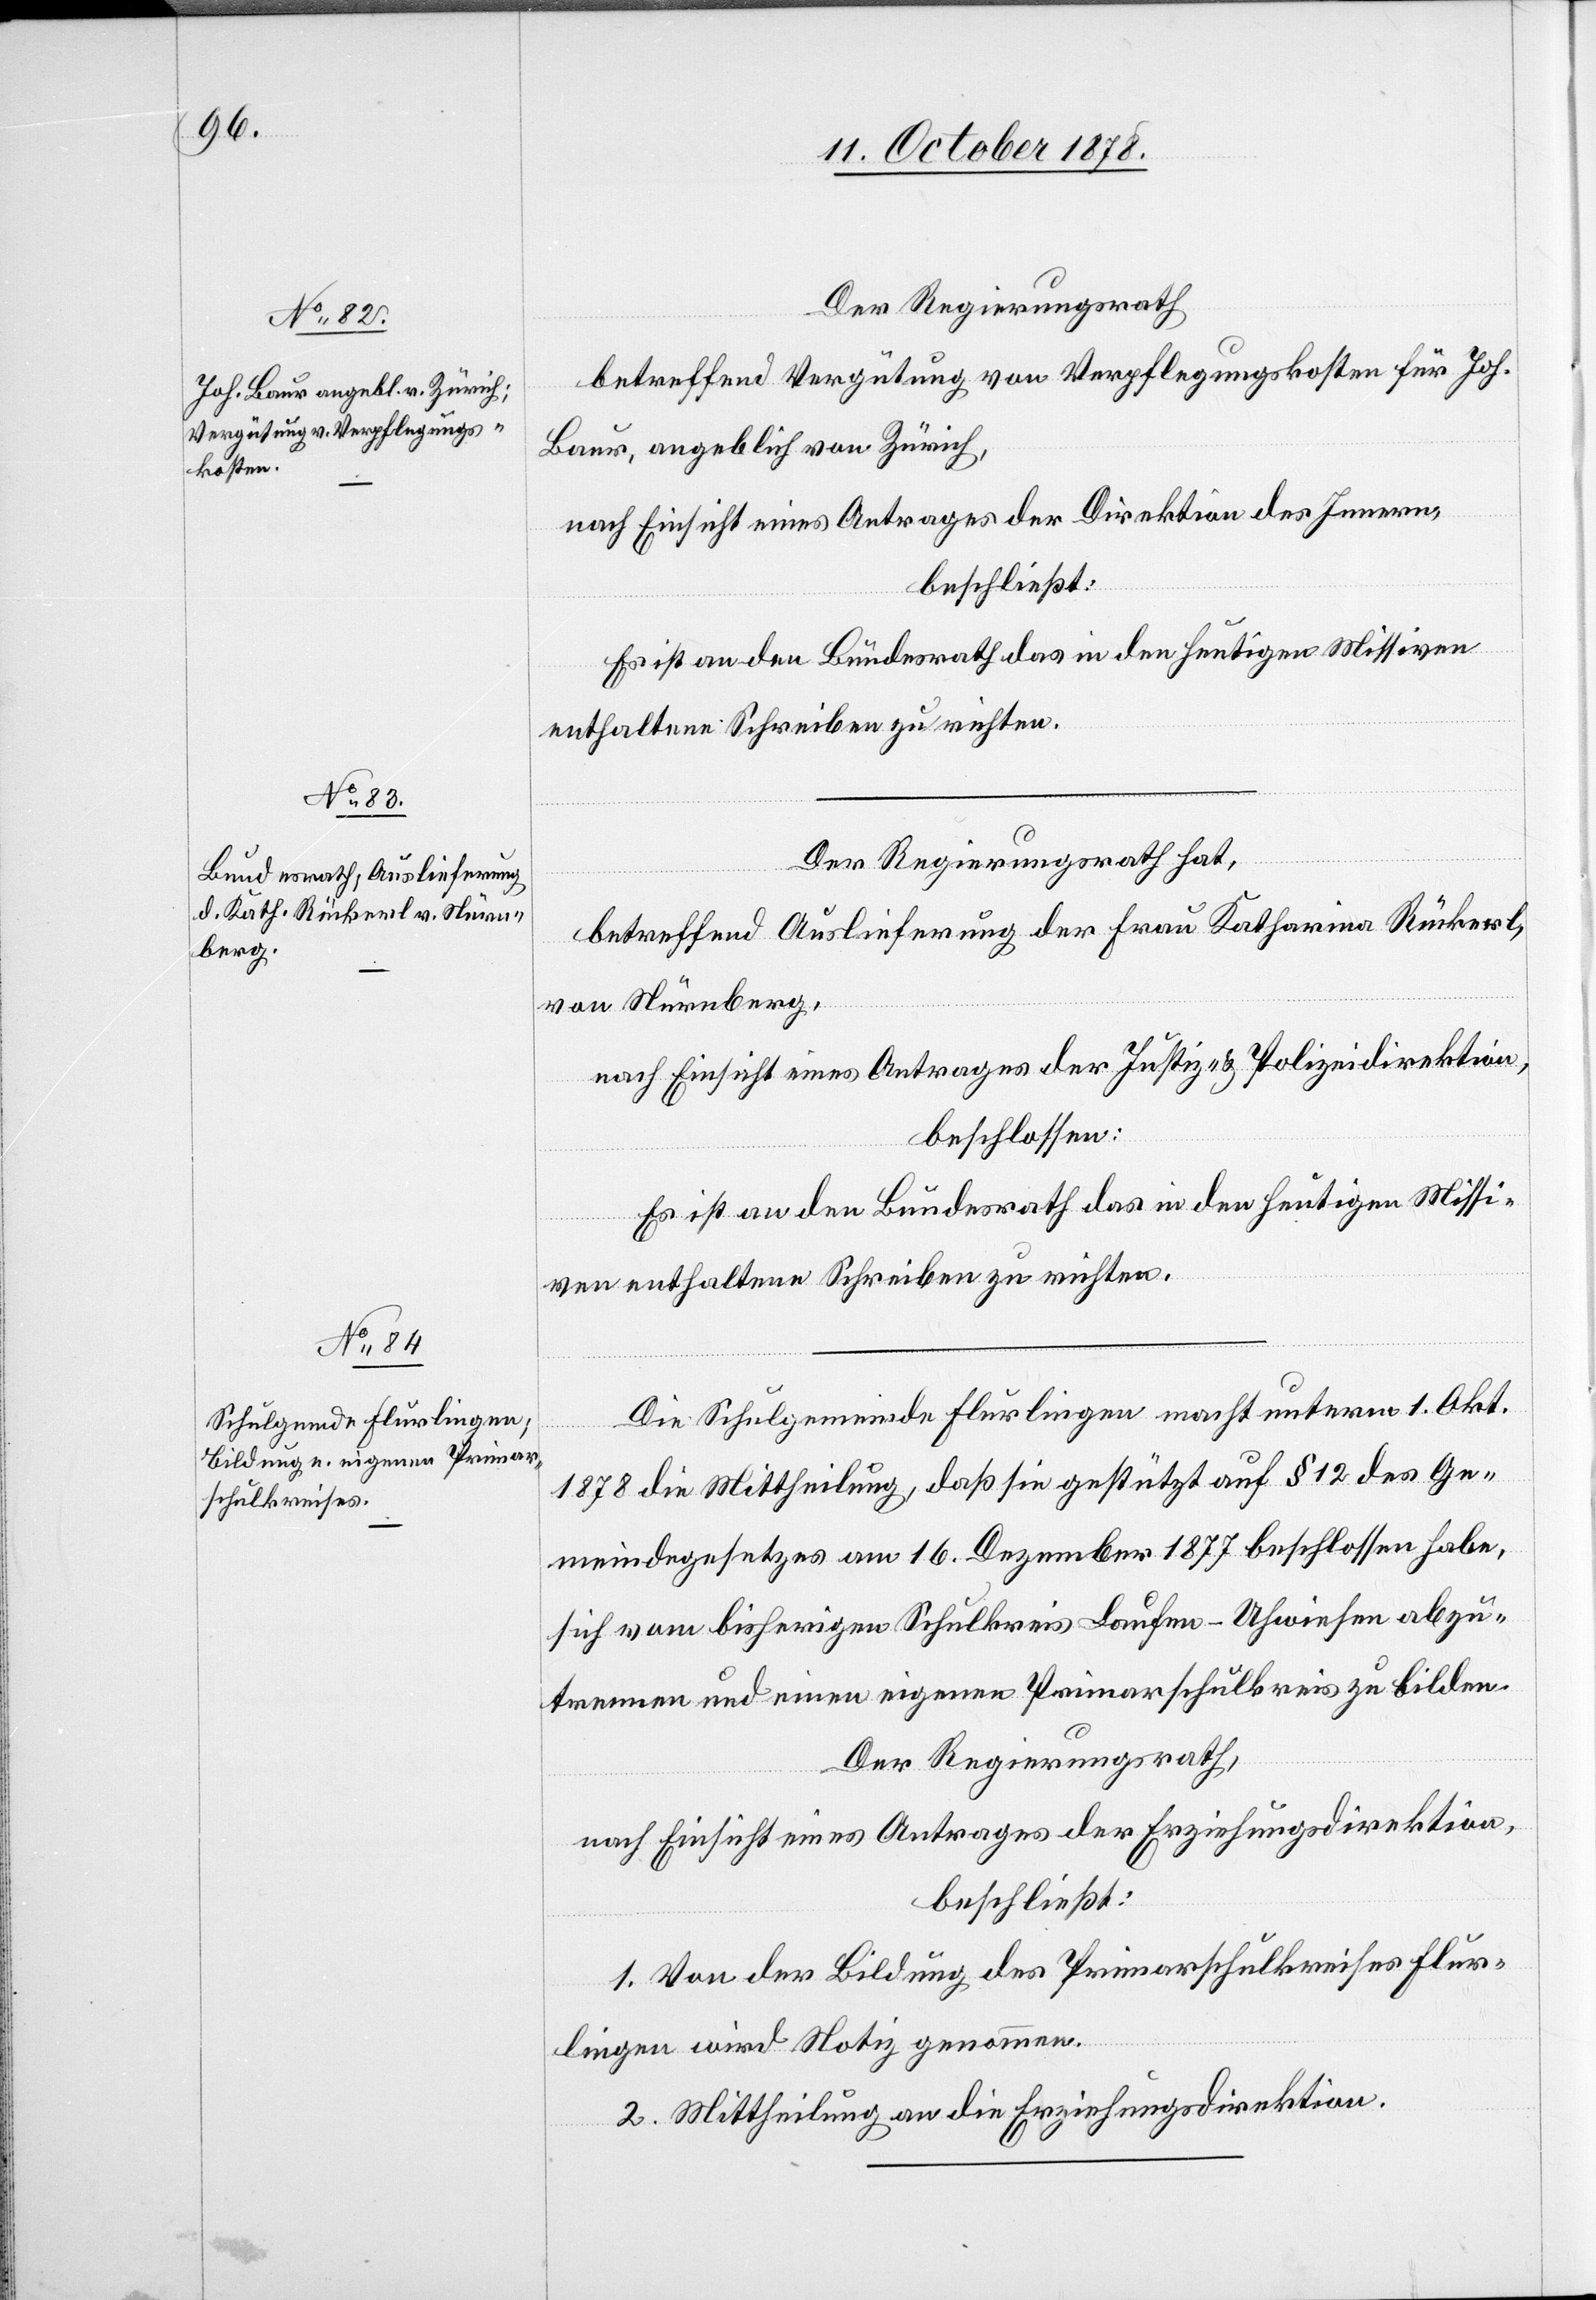
Der Regierungsrath
betreffend Vergütung von Verpflegungskosten für Joh.
Baur, angeblich von Zürich,
nach Einsicht eines Antrages der Direktion des Innern,
beschließt:
Es ist an den Bundesrath das in den heutigen Missiven
enthaltene Schreiben zu richten.
Der Regierungsrath hat,
d
betreffend Auslieferung der Frau Katharina Rückerl,
von Nürnberg,
nach Einsicht eines Antrages der Justiz- & Polizeidirektion,
beschlossen:
Es ist an den Bundesrath das in den heutigen Missi¬
ven enthaltene Schreiben zu richten.
Die Schulgemeinde Flurlingen macht unterm 1. Okt.
genommen.
1878 die Mittheilung, daß sie gestützt auf § 12 des Ge¬
meindegesetzes am 16. Dezember 1877 beschlossen habe,
sich vom bisherigen Schulkreis Laufen-Uhwiesen abzu¬
trennen und einen eigenen Primarschulkreis zu bilden.
Der Regierungsrath,
nach Einsicht eines Antrages der Erziehungsdirektion,
beschließt:
1. Von der Bildung des Primarschulkreises wir¬
2. Mittheilung an die Erziehungsdirektion.